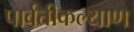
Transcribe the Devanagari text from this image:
पार्वतीकल्याण